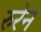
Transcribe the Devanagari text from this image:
रुरेन